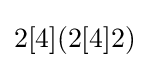
2[4](2[4]2)